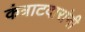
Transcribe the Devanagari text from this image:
कंत्राटदारांनी